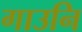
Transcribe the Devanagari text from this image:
गाउनि